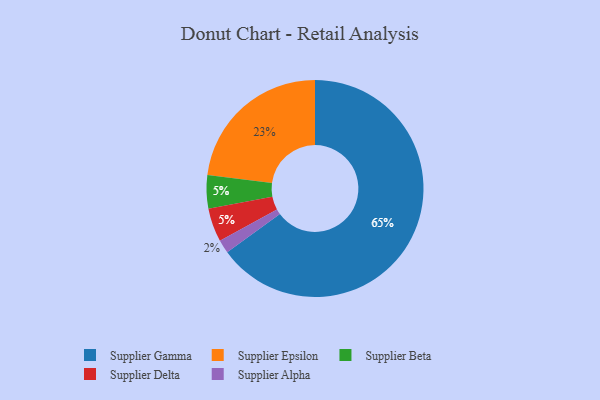
{"axis": {"x": "Category", "y": "Percentage"}, "legend": ["Supplier Alpha", "Supplier Beta", "Supplier Delta", "Supplier Epsilon", "Supplier Gamma"], "data": [{"x": "Supplier Alpha", "y": 2, "type": "Supplier Alpha"}, {"x": "Supplier Epsilon", "y": 23, "type": "Supplier Epsilon"}, {"x": "Supplier Beta", "y": 5, "type": "Supplier Beta"}, {"x": "Supplier Delta", "y": 5, "type": "Supplier Delta"}, {"x": "Supplier Gamma", "y": 65, "type": "Supplier Gamma"}]}